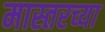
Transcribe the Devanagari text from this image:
मास्तरच्या